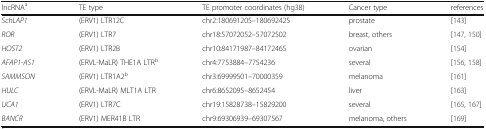
| lncRNAa | TE type | TE promoter coordinates (hg38) | Cancer type | references |
 | --- | --- | --- | --- | --- |
 | SchLAP1 | (ERV1) LTR12C | chr2:180691205–180692425 | prostate | [143] |
 | ROR | (ERV1) LTR7 | chr18:57072052–57072502 | breast, others | [147, 150] |
 | HOST2 | (ERV1) LTR2B | chr10:84171987–84172465 | ovarian | [154] |
 | AFAP1-AS1 | (ERVL-MaLR) THE1A LTRb | chr4:7753884–7754236 | several | [156, 158] |
 | SAMMSON | (ERV1) LTR1A2b | chr3:69999501–70000359 | melanoma | [161] |
 | HULC | (ERVL-MaLR) MLT1A LTR | chr6:8652095–8652454 | liver | [163] |
 | UCA1 | (ERV1) LTR7C | chr19:15828738–15829200 | several | [165, 167] |
 | BANCR | (ERV1) MER41B LTR | chr9:69306939–69307567 | melanoma, others | [169] |